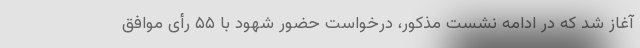
آغاز شد که در ادامه نشست مذکور، درخواست حضور شهود با ۵۵ رأی موافق